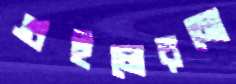
গুইলেরমো